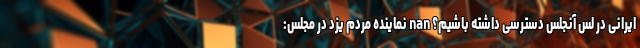
ایرانی در لس آنجلس دسترسی داشته باشیم؟ nan نماینده مردم یزد در مجلس: